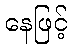
နေဖြင့်